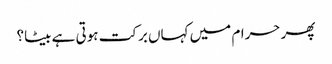
پھر حرام میں کہاں برکت ہوتی ہے بیٹا؟